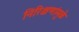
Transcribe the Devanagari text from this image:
निरिक्षणांमुळे